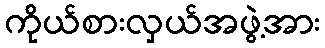
ကိုယ်စားလှယ်အဖွဲ့အား